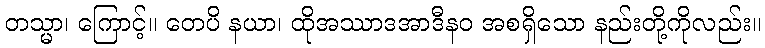
တသ္မာ၊ ကြောင့်။ တေပိ နယာ၊ ထိုအဿာဒအာဒီနဝ အစရှိသော နည်းတို့ကိုလည်း။